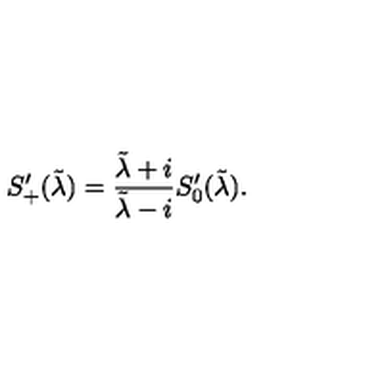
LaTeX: S _ { + } ^ { \prime } ( \tilde { \lambda } ) = { \frac { \tilde { \lambda } + i } { \tilde { \lambda } - i } } S _ { 0 } ^ { \prime } ( \tilde { \lambda } ) .